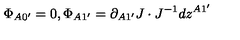
\Phi _ { A 0 ^ { \prime } } = 0 , \Phi _ { A 1 ^ { \prime } } = \partial _ { A 1 ^ { \prime } } J \cdot J ^ { - 1 } d z ^ { A 1 ^ { \prime } }